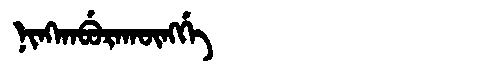
Manchu: ᠨᡳᠩᡴᠠᠪᡠᡵᠠᡴᡡᠩᡤᡝ
Romanization: NINGKABURAKŪNGGE